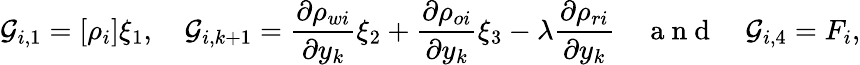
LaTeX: \mathcal{G}_{i,1}=[\rho_{i}]\xi_{1},\quad\mathcal{G}_{i,k+1}=\frac{\partial\rho_{wi}}{\partial y_{k}}\xi_{2}+\frac{\partial\rho_{oi}}{\partial y_{k}}\xi_{3}-\lambda\frac{\partial\rho_{ri}}{\partial y_{k}}\quad\mathrm{~a~n~d~}\quad\mathcal{G}_{i,4}=F_{i},